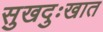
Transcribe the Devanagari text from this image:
सुखदुःखात